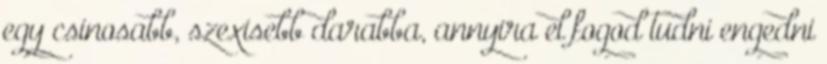
egy csinosabb, szexisebb darabba, annyira el fogod tudni engedni